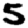
Digit: 5